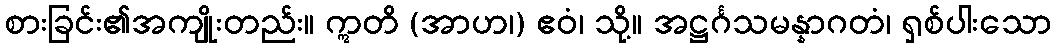
စားခြင်း၏အကျိုးတည်း။ ဣတိ (အာဟ၊) ဧဝံ၊ သို့။ အဋ္ဌင်္ဂသမန္နာဂတံ၊ ရှစ်ပါးသော